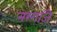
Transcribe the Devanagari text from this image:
नग्गजि